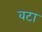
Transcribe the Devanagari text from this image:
वटा